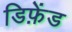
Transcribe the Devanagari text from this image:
डिफ़ेंड